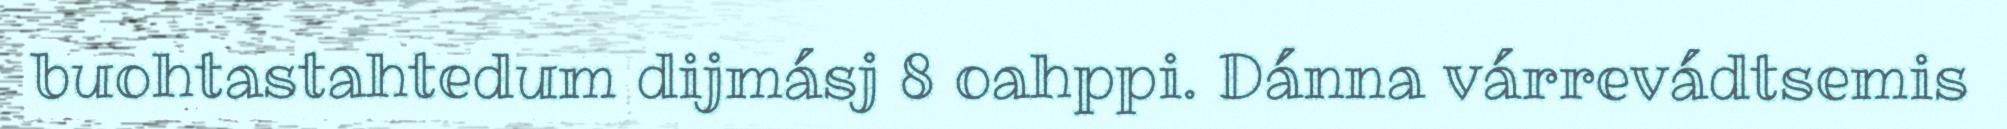
buohtastahtedum dijmásj 8 oahppi. Dánna várrevádtsemis